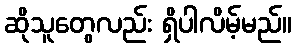
ဆိုသူတွေလည်း ရှိပါလိမ့်မည်။